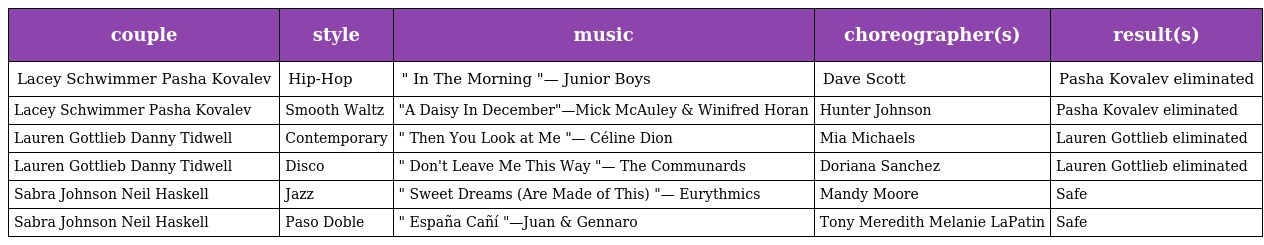
| couple | style | music | choreographer(s) | result(s) |
 | --- | --- | --- | --- | --- |
 | Lacey Schwimmer Pasha Kovalev | Hip-Hop | " In The Morning "— Junior Boys | Dave Scott | Pasha Kovalev eliminated |
 | Lacey Schwimmer Pasha Kovalev | Smooth Waltz | "A Daisy In December"—Mick McAuley & Winifred Horan | Hunter Johnson | Pasha Kovalev eliminated |
 | Lauren Gottlieb Danny Tidwell | Contemporary | " Then You Look at Me "— Céline Dion | Mia Michaels | Lauren Gottlieb eliminated |
 | Lauren Gottlieb Danny Tidwell | Disco | " Don't Leave Me This Way "— The Communards | Doriana Sanchez | Lauren Gottlieb eliminated |
 | Sabra Johnson Neil Haskell | Jazz | " Sweet Dreams (Are Made of This) "— Eurythmics | Mandy Moore | Safe |
 | Sabra Johnson Neil Haskell | Paso Doble | " España Cañí "—Juan & Gennaro | Tony Meredith Melanie LaPatin | Safe |